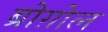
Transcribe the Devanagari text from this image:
ब्रोग़ोल